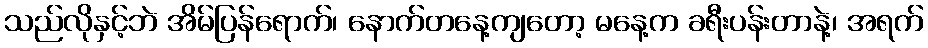
သည်လိုနှင့်ဘဲ အိမ်ပြန်ရောက်၊ နောက်တနေ့ကျတော့ မနေ့က ခရီးပန်းတာနဲ့၊ အရက်